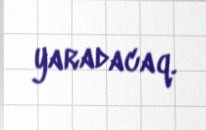
yaradacaq.